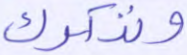
ونذكرك